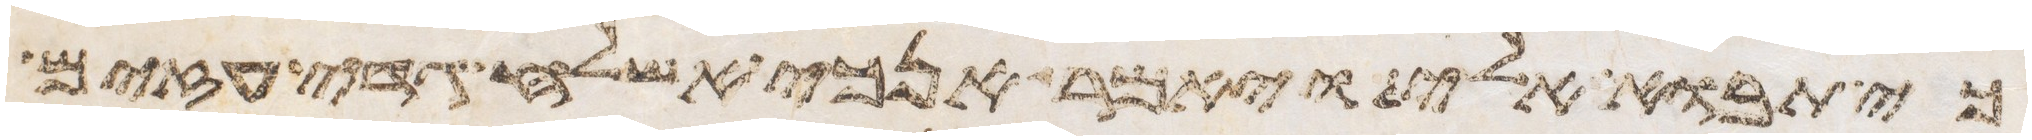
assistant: כי תבוא אלי ויאמר אנכי אשלח גדי עזים